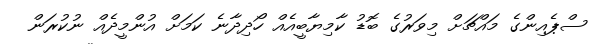
ސްޕެއިންގެ މައްޗަށް މިވަރުގެ ބޮޑު ކާމިޔާބީއެއް ހޯދިދާނެ ކަމަށް އުންމީދެއް ނުކުރަން